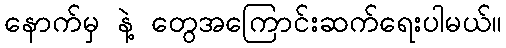
နောက်မှ နဲ့ တွေအကြောင်းဆက်ရေးပါမယ်။